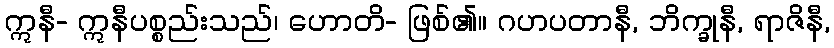
ဣနီ- ဣနီပစ္စည်းသည်၊ ဟောတိ- ဖြစ်၏။ ဂဟပတာနီ, ဘိက္ခုနီ, ရာဇိနီ,